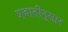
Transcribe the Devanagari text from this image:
प्रजातीनुसार